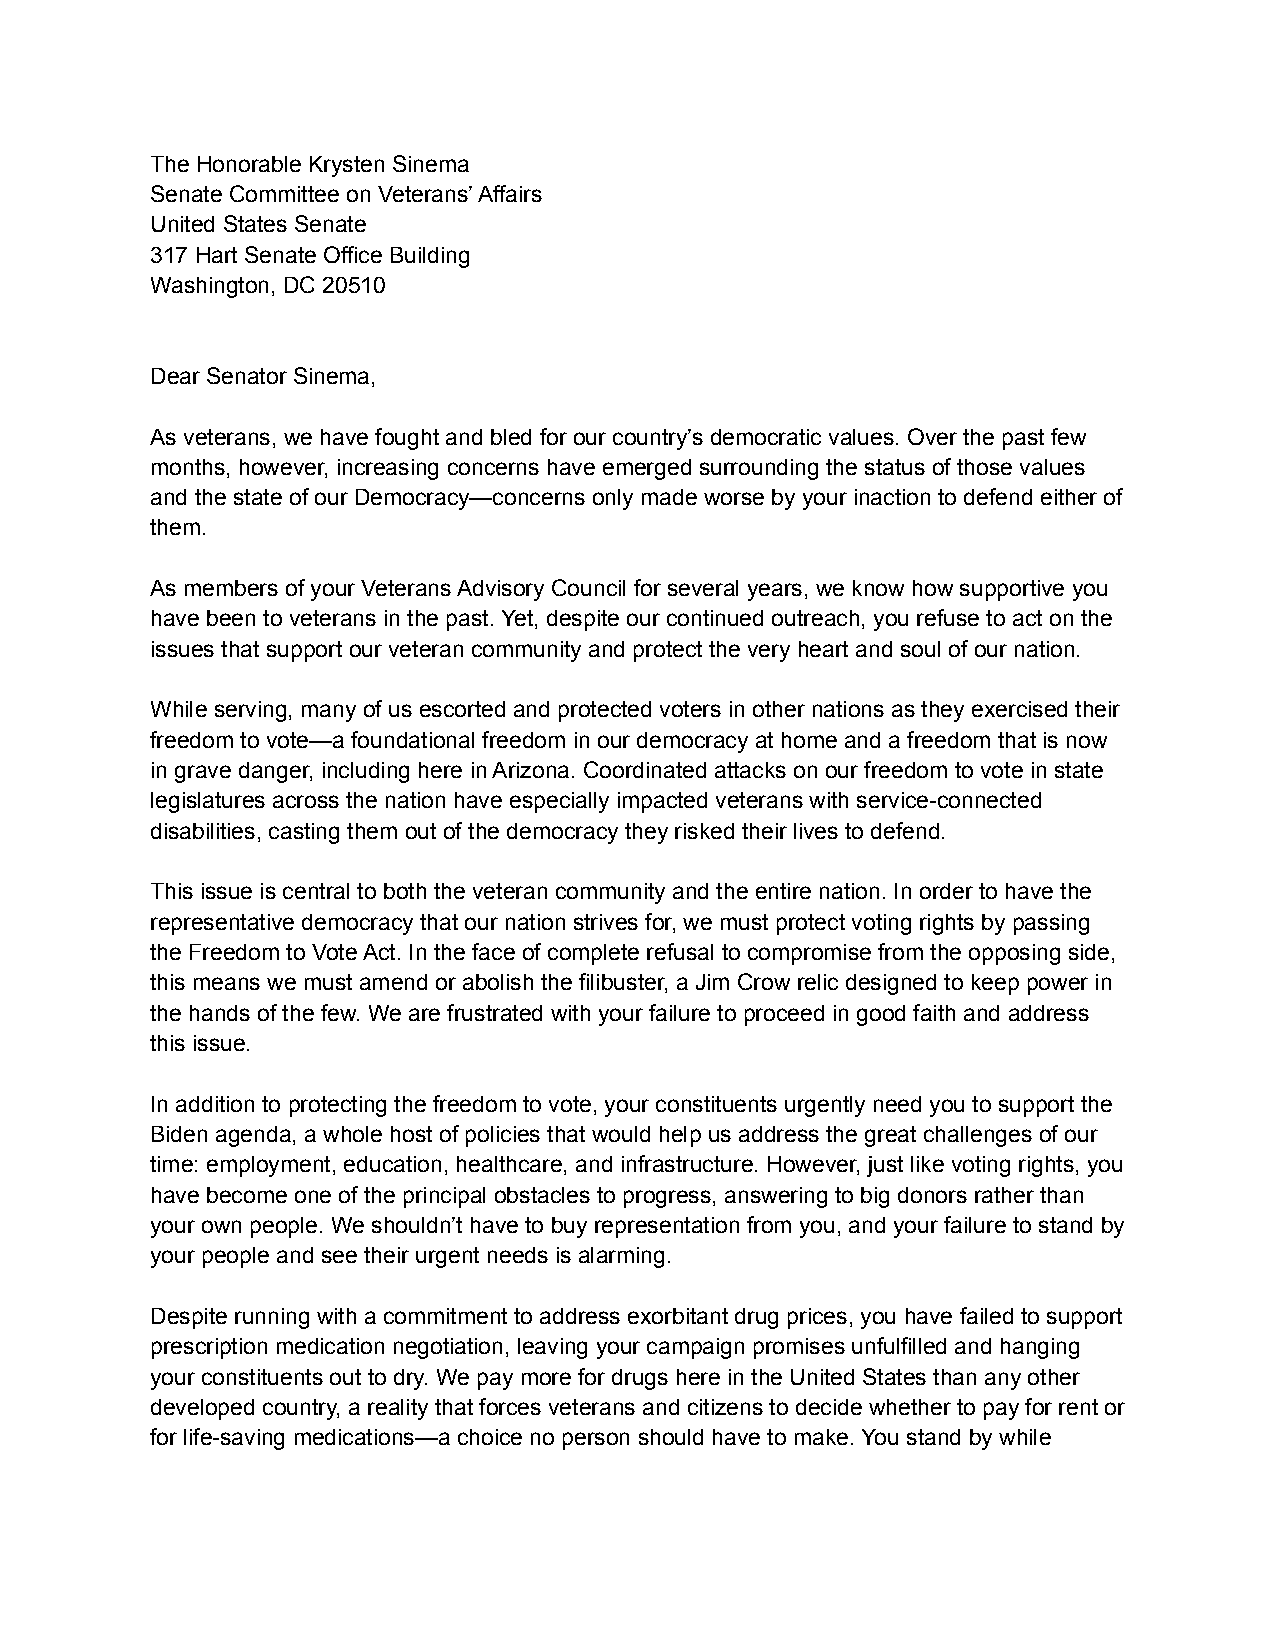
The Honorable Krysten Sinema
 Senate Committee on Veterans’ Affairs
 United States Senate
 317 Hart Senate Office Building
 Washington, DC 20510
 Dear Senator Sinema,
 As veterans, we have fought and bled for our country’s democratic values. Over the past few
 months, however, increasing concerns have emerged surrounding the status of those values
 and the state of our Democracy—concerns only made worse by your inaction to defend either of
 them.
 As members of your Veterans Advisory Council for several years, we know how supportive you
 have been to veterans in the past. Yet, despite our continued outreach, you refuse to act on the
 issues that support our veteran community and protect the very heart and soul of our nation.
 While serving, many of us escorted and protected voters in other nations as they exercised their
 freedom to vote—a foundational freedom in our democracy at home and a freedom that is now
 in grave danger, including here in Arizona. Coordinated attacks on our freedom to vote in state
 legislatures across the nation have especially impacted veterans with service-connected
 disabilities, casting them out of the democracy they risked their lives to defend.
 This issue is central to both the veteran community and the entire nation. In order to have the
 representative democracy that our nation strives for, we must protect voting rights by passing
 the Freedom to Vote Act. In the face of complete refusal to compromise from the opposing side,
 this means we must amend or abolish the filibuster, a Jim Crow relic designed to keep power in
 the hands of the few. We are frustrated with your failure to proceed in good faith and address
 this issue.
 In addition to protecting the freedom to vote, your constituents urgently need you to support the
 Biden agenda, a whole host of policies that would help us address the great challenges of our
 time: employment, education, healthcare, and infrastructure. However, just like voting rights, you
 have become one of the principal obstacles to progress, answering to big donors rather than
 your own people. We shouldn’t have to buy representation from you, and your failure to stand by
 your people and see their urgent needs is alarming.
 Despite running with a commitment to address exorbitant drug prices, you have failed to support
 prescription medication negotiation, leaving your campaign promises unfulfilled and hanging
 your constituents out to dry. We pay more for drugs here in the United States than any other
 developed country, a reality that forces veterans and citizens to decide whether to pay for rent or
 for life-saving medications—a choice no person should have to make. You stand by while